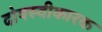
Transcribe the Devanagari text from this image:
दोषस्वीकारक